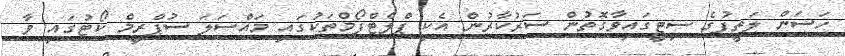
ހަސަން ލަތީފުގެ ސިޓީގައިވާގޮތުން ސަރުކާރުން އެކި ޕްލެޓްފޯމްތަކުގައި މައްސަލަ ސުޕްރީމް ކޯޓުގައި ވާ